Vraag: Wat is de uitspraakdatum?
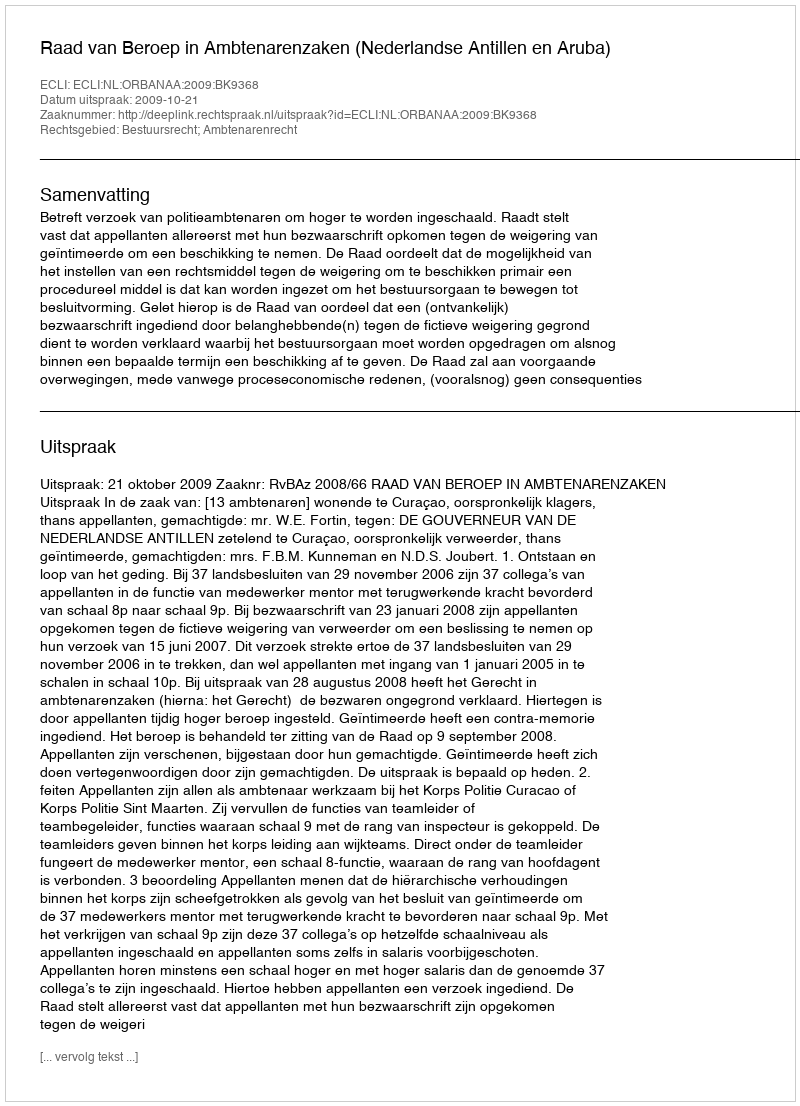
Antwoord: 2009-10-21